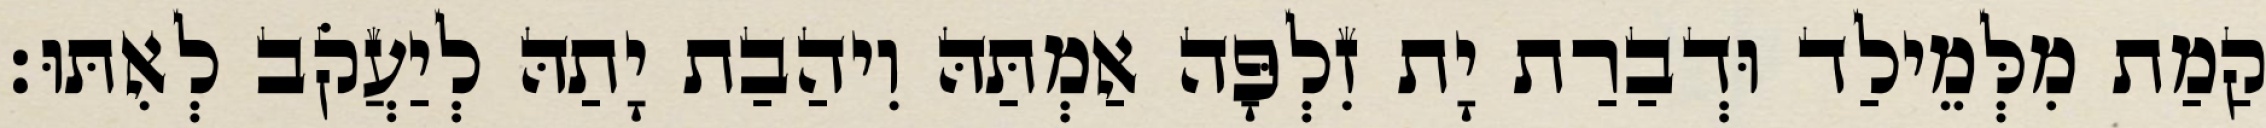
קַמַת מִלְּמֵילַד וּדְבַרַת יָת זִלְפָּה אַמְתַּהּ וִיהַבַת יָתַהּ לְיַעֲקֹב לְאִתּוּ׃